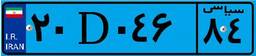
۲۵D۰۲۲۳۹